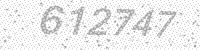
Solution: 612747